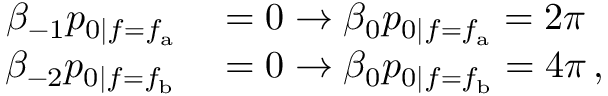
\begin{array} { r l } { \beta _ { - 1 } p _ { 0 | f = f _ { \mathrm { a } } } } & { { } = 0 \rightarrow \beta _ { 0 } p _ { 0 | f = f _ { \mathrm { a } } } = 2 \pi } \\ { \beta _ { - 2 } p _ { 0 | f = f _ { \mathrm { b } } } } & { { } = 0 \rightarrow \beta _ { 0 } p _ { 0 | f = f _ { \mathrm { b } } } = 4 \pi \, , } \end{array}